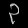
Digit: ၃